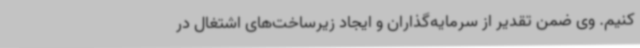
کنیم. وی ضمن تقدیر از سرمایه‌گذاران و ایجاد زیرساخت‌های اشتغال در